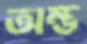
অম্ভ